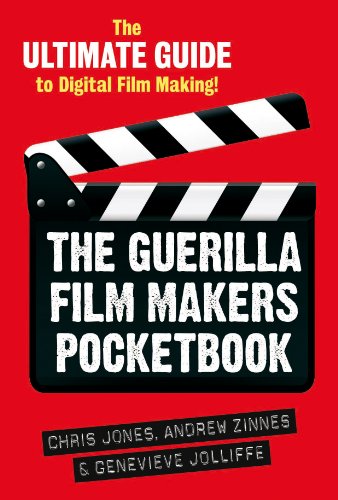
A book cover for The Guerilla Film Makers Handbook: (US Edition); Chris Jones; Humor & Entertainment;